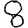
Digit: 8